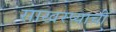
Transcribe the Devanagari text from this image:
साखरप्याची